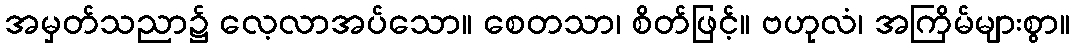
အမှတ်သညာ၌ လေ့လာအပ်သော။ စေတသာ၊ စိတ်ဖြင့်။ ဗဟုလံ၊ အကြိမ်များစွာ။